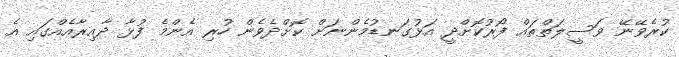
ކުރެވޭނޭ ވަސީލަތްތައް ފޯރުކޮށްދީ އަޅުގަނޑުމެންނަށް ކޮށްދެވެން ހުރި އެންމެ ފުޅާ ދާއިރާއެއްގައި އެ